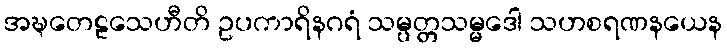
အဍ္ဎတေဠသေဟီတိ ဥပကာရိနဂရံ သမ္ပတ္တသမ္မဒေါ သဟစရဏနယေန